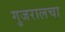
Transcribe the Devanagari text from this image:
गुजरालचा